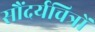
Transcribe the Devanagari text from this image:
सौंदर्यचित्रों